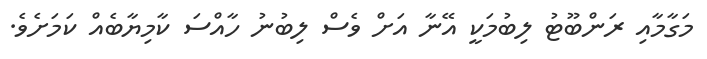
މަގާމާއި ރަންބޫޓު ލިބުމަކީ އޭނާ އަށް ވެސް ލިބުނު ހާއްސަ ކާމިޔާބެއް ކަމަށެވެ.